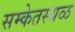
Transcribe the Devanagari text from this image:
सम्केतस्थळ